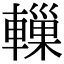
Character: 轈